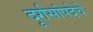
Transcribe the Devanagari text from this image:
दूर्गसांपदेचे